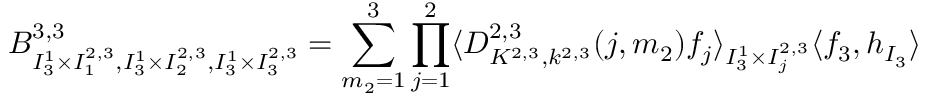
B _ { I _ { 3 } ^ { 1 } \times I _ { 1 } ^ { 2 , 3 } , I _ { 3 } ^ { 1 } \times I _ { 2 } ^ { 2 , 3 } , I _ { 3 } ^ { 1 } \times I _ { 3 } ^ { 2 , 3 } } ^ { 3 , 3 } = \sum _ { m _ { 2 } = 1 } ^ { 3 } \prod _ { j = 1 } ^ { 2 } \langle D _ { K ^ { 2 , 3 } , k ^ { 2 , 3 } } ^ { 2 , 3 } ( j , m _ { 2 } ) f _ { j } \rangle _ { I _ { 3 } ^ { 1 } \times I _ { j } ^ { 2 , 3 } } \langle f _ { 3 } , h _ { I _ { 3 } } \rangle